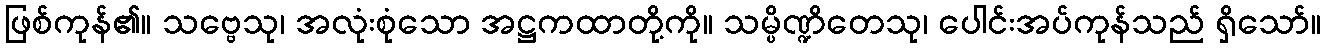
ဖြစ်ကုန်၏။ သဗ္ဗေသု၊ အလုံးစုံသော အဋ္ဌကထာတို့ကို။ သမ္ပိဏ္ဍိတေသု၊ ပေါင်းအပ်ကုန်သည် ရှိသော်။